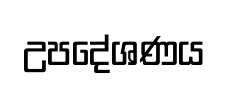
උපදේශණය